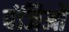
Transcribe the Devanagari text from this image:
पंजिओं